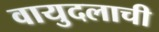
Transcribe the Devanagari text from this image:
वायुदलाची